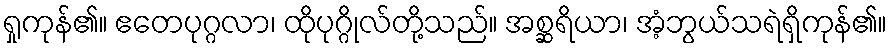
ရှုကုန်၏။ ဧတေပုဂ္ဂလာ၊ ထိုပုဂ္ဂိုလ်တို့သည်။ အစ္ဆရိယာ၊ အံ့ဘွယ်သရဲရှိကုန်၏။